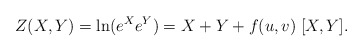
\begin{align*}Z(X,Y)=\ln( e^X e^Y ) = X+Y+ f(u,v) \; [X,Y].\end{align*}